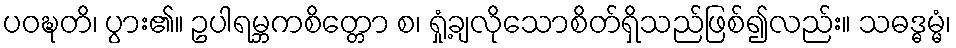
ပဝဍ္ဎတိ၊ ပွား၏။ ဥပါရမ္ဘကစိတ္တော စ၊ ရှုံ့ချလိုသောစိတ်ရှိသည်ဖြစ်၍လည်း။ သဓဒ္ဓမ္မံ၊